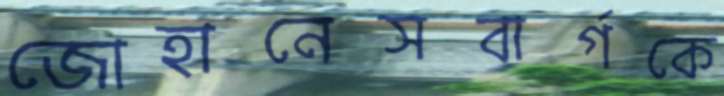
জোহানেসবার্গকে